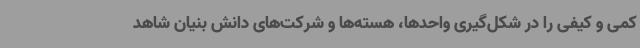
کمی و کیفی را در شکل‌گیری واحدها، هسته‌ها و شرکت‌های دانش بنیان شاهد